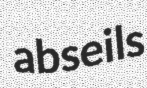
abseils